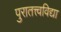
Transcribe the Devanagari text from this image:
पुरातत्त्वविद्या